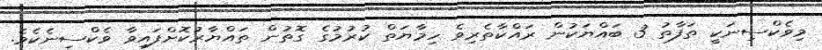
މިވެކްސިނަކީ ތަފާތު 3 ބައްޔަކުން ރައްކާތެރިވެ ހިމާޔަތް ކުރުމުގެ ގޮތުން ތައްޔާރުކޮށްފައިވާ ވެކްސިނެކެވެ.